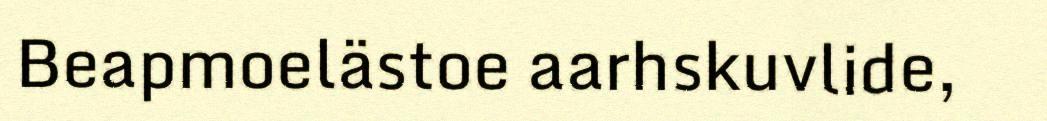
Beapmoelästoe aarhskuvlide,